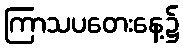
ကြာသပတေးနေ့၌